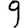
Digit: 9